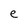
Character: e